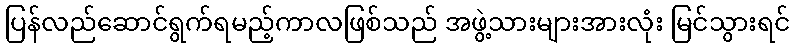
ပြန်လည်ဆောင်ရွက်ရမည့်ကာလဖြစ်သည် အဖွဲ့သားများအားလုံး မြင်သွားရင်